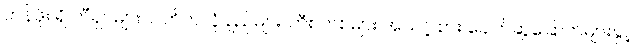
တန်ဖိုး ရှိ တီရှပ်များ၊ ပါတိတ်လုံချည်များ၊ ဘီစကစ်များ အသင့် စား ခေါက်ဆွဲခြောက်များနှင့်